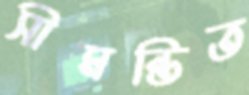
সীমন্তিত